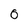
Character: 0